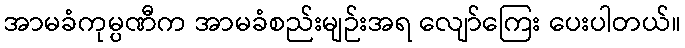
အာမခံကုမ္ပဏီက အာမခံစည်းမျဉ်းအရ လျော်ကြေး ပေးပါတယ်။